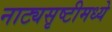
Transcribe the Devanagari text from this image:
नाट्यसृष्टीमध्ये